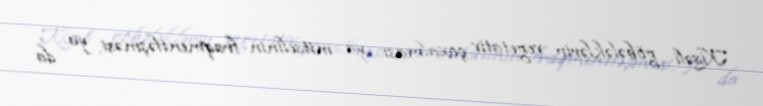
Kisəli göbələklərin vegetativ çoxalması ya mitselinin fraqmentləşməsi, ya da